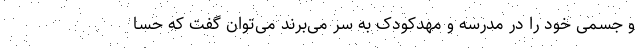
و جسمی خود را در مدرسه و مهدکودک به سر می‌برند می‌توان گفت که حسا